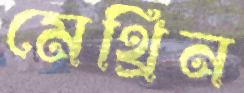
মেথ্রিন